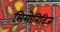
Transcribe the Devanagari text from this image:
सिमोनिदिज